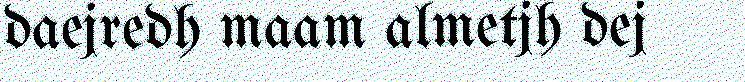
daejredh maam almetjh dej